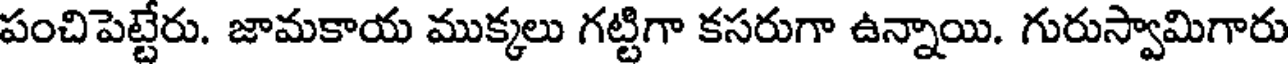
పంచిపెట్టేరు. జామకాయ ముక్కలు గట్టిగా కసరుగా ఉన్నాయి. గురుస్వామిగారు